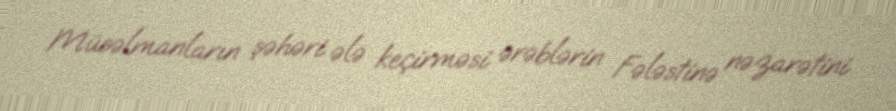
Müsəlmanların şəhəri ələ keçirməsi ərəblərin Fələstinə nəzarətini